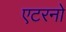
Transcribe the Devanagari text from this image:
एटरनो